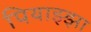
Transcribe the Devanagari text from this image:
पियाझ्झा